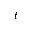
t